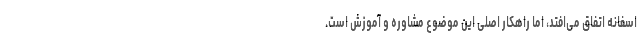
اسفانه اتفاق می‌افتد، اما راهکار اصلی این موضوع مشاوره و آموزش است.